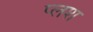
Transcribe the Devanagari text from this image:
प्लश